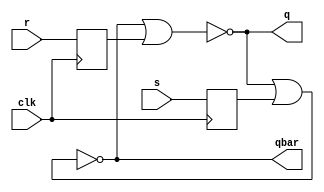
`timescale 1ns / 1ps
//////////////////////////////////////////////////////////////////////////////////
// Company: 
// Engineer: 
// 
// Design Name: 
// Module Name: rsff
// Project Name: 
// Target Devices: 
// Tool Versions: 
// Description: 
// 
// Dependencies: 
// 
// Revision:
// Revision 0.01 - File Created
// Additional Comments:
// 
//////////////////////////////////////////////////////////////////////////////////


module rsff(
    input r,s,clk,
    output q,qbar
    );
reg rr,ss;
wire qq,qqbar;
always @(negedge clk) begin
rr=r;
ss=s;
end

assign qq=~(qqbar|rr);
assign qqbar=~(qq|ss);
assign q=qq;
assign qbar=qqbar;
endmodule